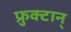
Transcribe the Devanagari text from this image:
फ्रुक्टान्